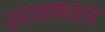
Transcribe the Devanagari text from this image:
नारायणध्वज